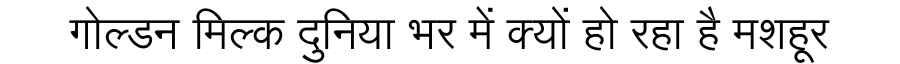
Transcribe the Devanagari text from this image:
गोल्डन मिल्क दुनिया भर में क्यों हो रहा है मशहूर